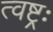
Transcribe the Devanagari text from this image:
त्वष्ट्रः